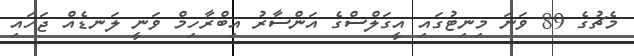
މެޗުގެ 89 ވަނަ މިނިޓުގައި އީގަލްސްގެ އަންސާރު އިބްރާހިމް ވަނީ ލަނޑެއް ޖަހައި